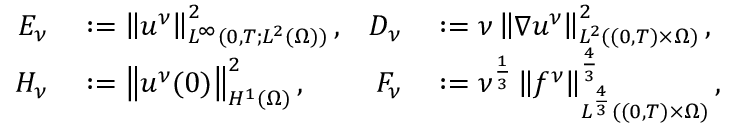
\begin{array} { r l r l } { E _ { \nu } } & { { } : = \left\lVert u ^ { \nu } \right\rVert _ { L ^ { \infty } ( 0 , T ; L ^ { 2 } ( \Omega ) ) } ^ { 2 } , } & { D _ { \nu } } & { { } : = \nu \left\lVert \nabla u ^ { \nu } \right\rVert _ { L ^ { 2 } ( ( 0 , T ) \times \Omega ) } ^ { 2 } , } \\ { H _ { \nu } } & { { } : = \left\lVert u ^ { \nu } ( 0 ) \right\rVert _ { H ^ { 1 } ( \Omega ) } ^ { 2 } , } & { F _ { \nu } } & { { } : = \nu ^ { \frac 1 3 } \left\lVert f ^ { \nu } \right\rVert _ { L ^ { \frac 4 3 } ( ( 0 , T ) \times \Omega ) } ^ { \frac 4 3 } , } \end{array}